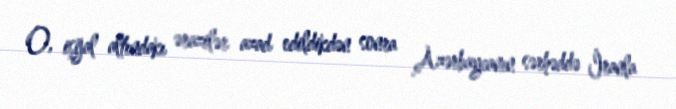
O, işğal altındakı ərazilər azad edildikdən sonra Azərbaycanın sərhəddə İranla